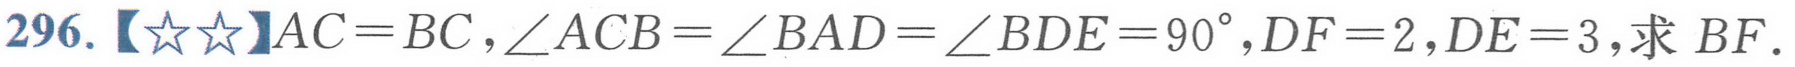
296.【☆☆】$AC = BC$，$\angle ACB=\angle BAD=\angle BDE = 90^{\circ}$，$DF = 2$，$DE = 3$，求 $BF$.